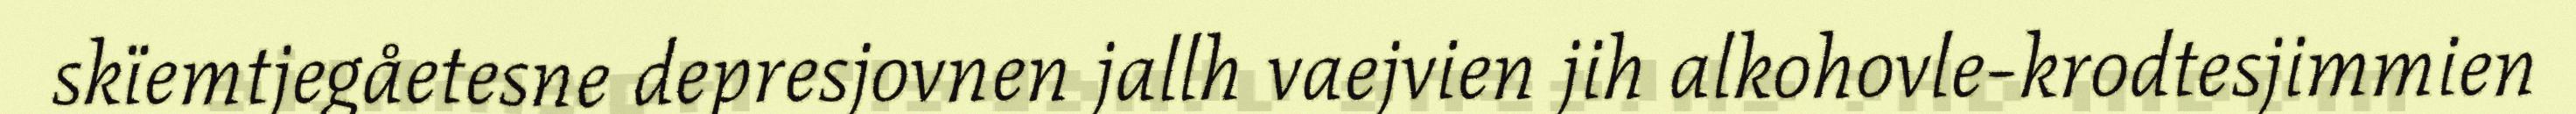
skïemtjegåetesne depresjovnen jallh vaejvien jih alkohovle-krodtesjimmien